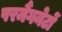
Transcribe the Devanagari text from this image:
परमैंगनेटों